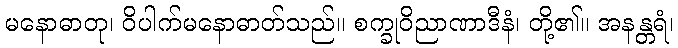
မနောဓာတု၊ ဝိပါက်မနောဓာတ်သည်။ စက္ခုဝိညာဏာဒီနံ၊ တို့၏။ အနန္တရံ၊